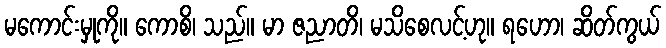
မကောင်းမှုကို။ ကောစိ၊ သည်။ မာ ဇညာတိ၊ မသိစေလင့်ဟု။ ရဟော၊ ဆိတ်ကွယ်